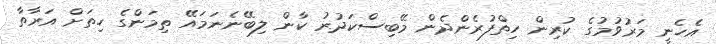
އެހެނީ މަރުވުމުގެ ކުރިން ހިތްފުރެންދެން މޭބިސްކަދުރު ކާން ލިބޭނެނަމައޭ ތިމަންގެ ހިތަށް އަރާތާ